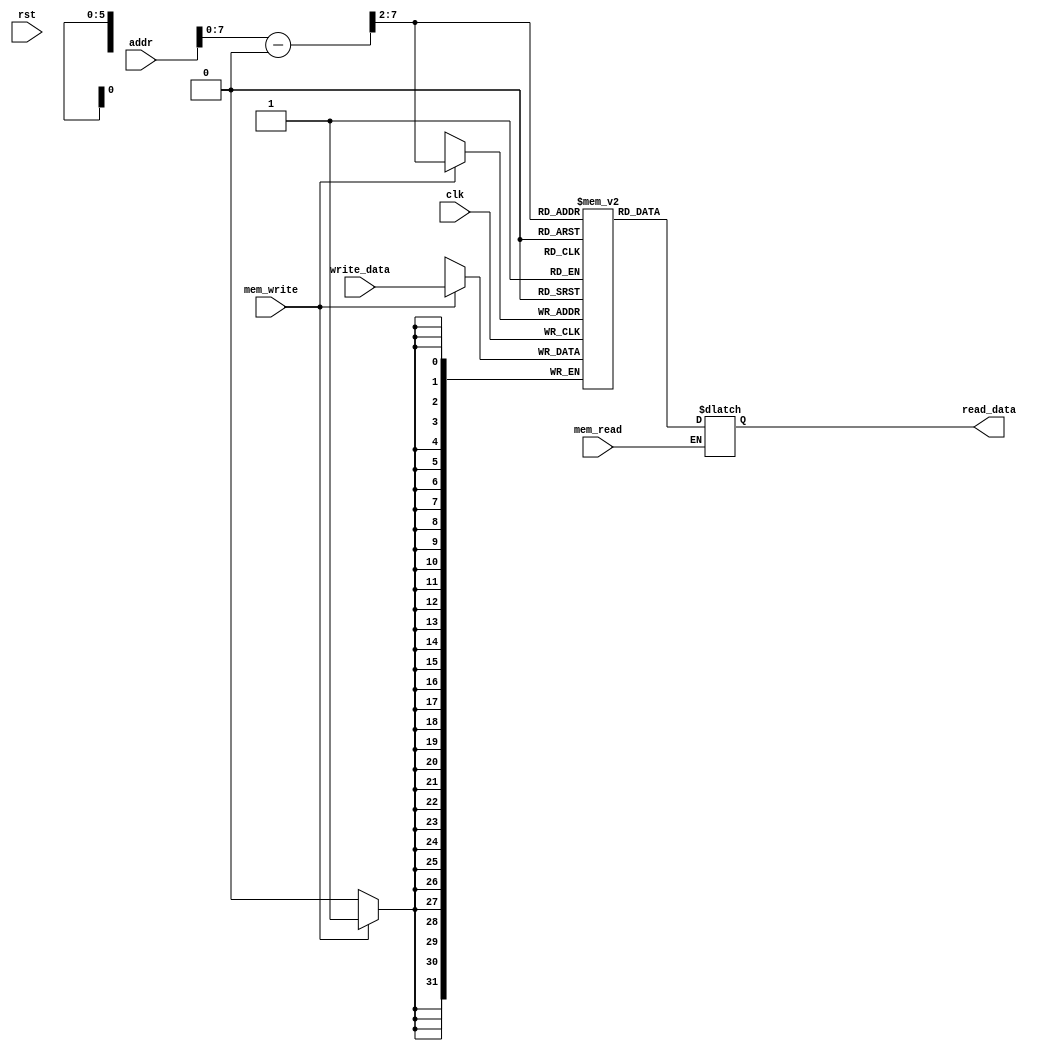
`timescale 1ns / 1ns

`define WORD_WIDTH 32
`define REG_FILE_ADDRESS_LEN 4
`define REG_FILE_SIZE 16
`define MEMORY_DATA_LEN 8
`define MEMORY_SIZE 2048
`define SIGNED_IMM_WIDTH 24
`define SHIFTER_OPERAND_WIDTH 12

`define INSTRUCTION_LEN         32
`define INSTRUCTION_MEM_SIZE    2048
`define DATA_MEM_SIZE 64

`define LSL_SHIFT 2'b00
`define LSR_SHIFT 2'b01
`define ASR_SHIFT 2'b10
`define ROR_SHIFT 2'b11

`define MODE_ARITHMETIC 2'b00
`define MODE_MEM 2'b01
`define MODE_BRANCH 2'b10

`define EX_MOV 4'b0001
`define EX_MVN 4'b1001
`define EX_ADD 4'b0010
`define EX_ADC 4'b0011
`define EX_SUB 4'b0100
`define EX_SBC 4'b0101
`define EX_AND 4'b0110
`define EX_ORR 4'b0111
`define EX_EOR 4'b1000
`define EX_CMP 4'b0100     ///1100
`define EX_TST 4'b0110     ///1110
`define EX_LDR 4'b0010     ///1010
`define EX_STR 4'b0010     ///1010

`define OP_MOV 4'b1101
`define OP_MVN 4'b1111
`define OP_ADD 4'b0100
`define OP_ADC 4'b0101
`define OP_SUB 4'b0010
`define OP_SBC 4'b0110
`define OP_AND 4'b0000
`define OP_ORR 4'b1100
`define OP_EOR 4'b0001
`define OP_CMP 4'b1010
`define OP_TST 4'b1000
`define OP_LDR 4'b0100
`define OP_STR 4'b0100

module Data_Memory(clk, rst, addr, write_data, mem_read, mem_write, read_data);
    input [`INSTRUCTION_LEN - 1 : 0] addr, write_data;
    input clk, rst, mem_read, mem_write;
    output reg [`INSTRUCTION_LEN - 1 : 0] read_data; 

    reg[`INSTRUCTION_LEN - 1 : 0] data[0:`DATA_MEM_SIZE - 1];

    integer i;
    wire [31:0] dataAdr, adr;
    assign dataAdr = addr - 32'd1024;
    assign adr = {2'b00, dataAdr[31:2]};
    
    always @(mem_read or adr) begin
        if (mem_read)
            read_data = data[adr];
    end

    always@(negedge clk)begin
       
        if (mem_write)begin
            data[adr] = write_data;
        end
    end

endmodule